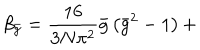
LaTeX: \beta _ { \bar { g } } = \frac { 1 6 } { 3 N \pi ^ { 2 } } \bar { g } \left( \bar { g } ^ { 2 } - 1 \right) +